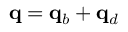
\mathbf q = \mathbf q _ { b } + \mathbf q _ { d }